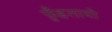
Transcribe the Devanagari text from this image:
फ़ुँइलायो